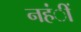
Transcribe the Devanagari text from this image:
नहंीं